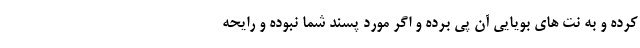
کرده و به نت های بویایی آن پی برده و اگر مورد پسند شما نبوده و رایحه